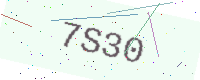
Text: 7S30